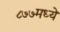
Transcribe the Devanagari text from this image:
८७७मध्ये